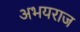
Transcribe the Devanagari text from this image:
अभयराज